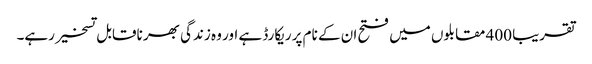
تقریبا 400 مقابلوں میں فتح ان کے نام پر ریکارڈ ہے اور وہ زندگی بھر ناقابل تسخیر رہے۔